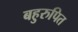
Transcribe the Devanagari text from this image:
बहुरुपित